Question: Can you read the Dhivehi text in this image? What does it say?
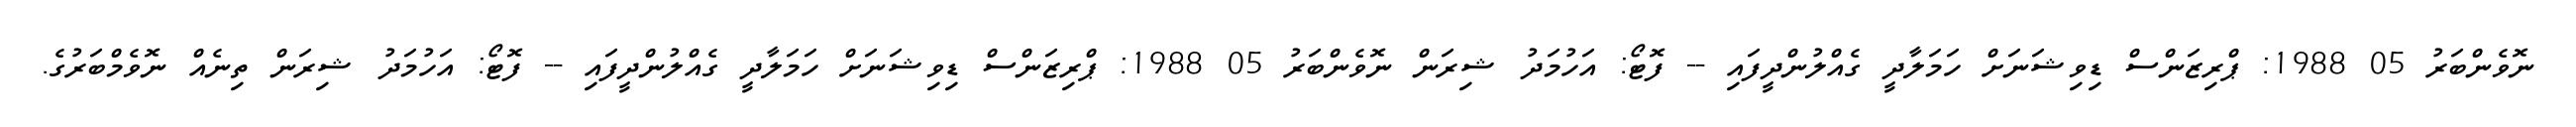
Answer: ނޮވެންބަރު 05 1988: ޕްރިޒަންސް ޑިވިޝަނަށް ހަމަލާދީ ގެއްލުންދީފައި -- ފޮޓޯ: އަހުމަދު ޝިރަން ނޮވެންބަރު 05 1988: ޕްރިޒަންސް ޑިވިޝަނަށް ހަމަލާދީ ގެއްލުންދީފައި -- ފޮޓޯ: އަހުމަދު ޝިރަން ތިނެއް ނޮވެމްބަރުގެ.